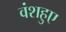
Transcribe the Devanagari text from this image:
वंशहुए